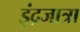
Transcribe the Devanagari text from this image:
इंद्रजात्रा